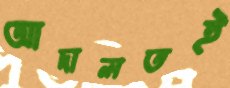
আদালতই